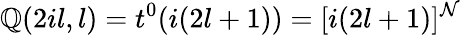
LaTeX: \mathbb{Q}(2il,l)=t^{0}(i(2l+1))=[i(2l+1)]^{\mathcal{N}}